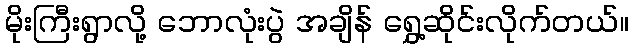
မိုးကြီးရွာလို့ ဘောလုံးပွဲ အချိန် ရွှေ့ဆိုင်းလိုက်တယ်။